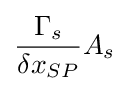
{\frac {\Gamma _{s}}{\delta x_{SP}}}A_{s}